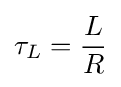
\tau _{L}={L \over R}\,\!